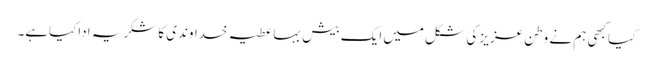
کیاکبھی ہم نے وطن عزیز کی شکل میں ایک بیش بہاعطیہ خداوندی کاشکریہ اداکیاہے۔